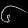
Digit: ၆